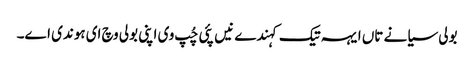
بولی سیانے تاں ایہہ تیک کہندے نیں پئی چُپ وی اپنی بولی وچ ای ہوندی اے۔